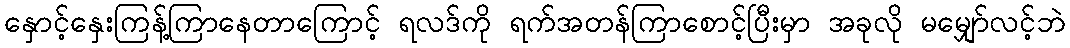
နှောင့်နှေးကြန့်ကြာနေတာကြောင့် ရလဒ်ကို ရက်အတန်ကြာစောင့်ပြီးမှာ အခုလို မမျှော်လင့်ဘဲ